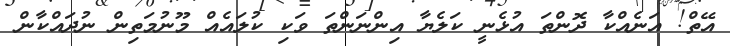
އޭތް! އަނެއްކާ ދޮންތަ އުޅެނީ ކަލެޔާ އިންނަންތަ ވަކި ކުލައެއް މޫނުމަތިން ނުދައްކާން